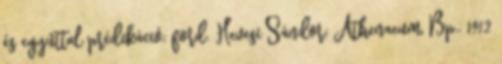
és egyúttal prédikáció; ford. Hevesi Sándor; Athenaeum, Bp., 1912